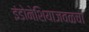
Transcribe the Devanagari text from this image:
इंडोनेशियाजवळचा